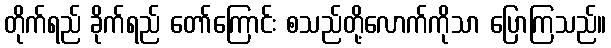
တိုက်ရည် ခိုက်ရည် တော်ကြောင်း စသည်တို့လောက်ကိုသာ ပြောကြသည်။